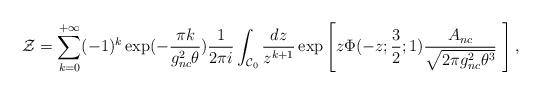
LaTeX: \begin{align*}{\cal Z}=\sum_{k=0}^{+\infty}(-1)^k\exp(-\frac{\pi k}{g_{nc}^2\theta})\frac{1}{2\pi i}\int_{{\cal C}_0}\frac{dz}{z^{k+1}}\exp\left[z\Phi(-z;\frac{3}{2};1)\frac{A_{nc}}{\sqrt{2\pi g_{nc}^2\theta^3}}\,\,\right],\end{align*}